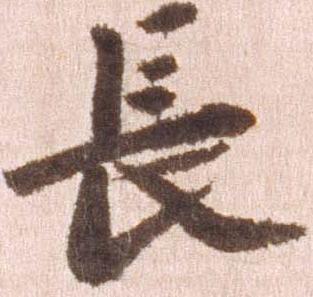
長